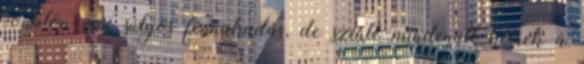
vonalon van súlyos fennakadás, de szinte mindenütt késnek a